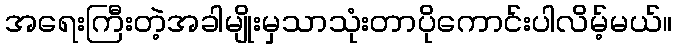
အရေးကြီးတဲ့အခါမျိုးမှသာသုံးတာပိုကောင်းပါလိမ့်မယ်။